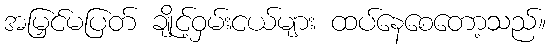
အမြှင်မပြတ် ချိုင့်ဝှမ်းငယ်များ ထပ်နေစေတော့သည်။